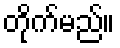
တိုက်မည်။